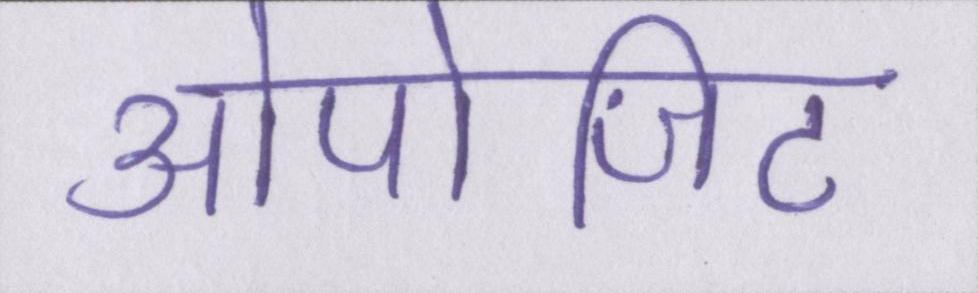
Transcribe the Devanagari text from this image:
ओपोजिट